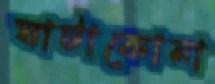
ঘাটাকোনা